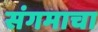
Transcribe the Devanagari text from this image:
संगमाचा